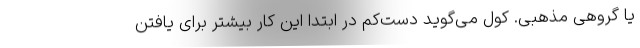
یا گروهی مذهبی. کول می‌گوید دست‌کم در ابتدا این کار بیشتر برای یافتن